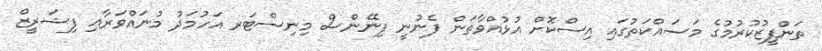
ތަންފީޒުކުރުމުގެ މަސައްކަތުގައި އިސްކޮށް އުޅުއްވާތަން ފެނުނީ ފިނޭންސް މިނިސްޓަރ އަހުމަދު މުނައްވަރާއި ފިޝަރީޒް